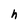
Character: h